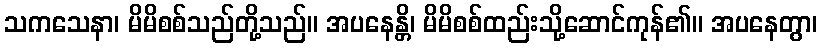
သကသေနာ၊ မိမိစစ်သည်တို့သည်။ အပနေန္တိ၊ မိမိစစ်ထည်းသို့ဆောင်ကုန်၏။ အပနေတွာ၊